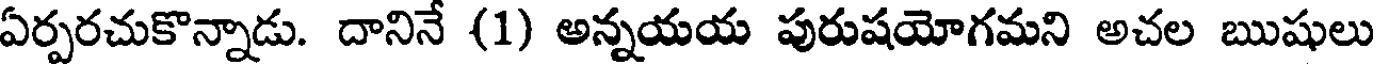
ఏర్పరచుకొన్నాడు. దానినే (1) అన్నయయ పురుషయోగమని అచల ఋషులు